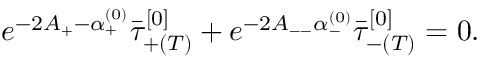
e ^ { - 2 A _ { + } - \alpha _ { + } ^ { ( 0 ) } } \bar { \tau } _ { + ( T ) } ^ { [ 0 ] } + e ^ { - 2 A _ { -- } \alpha _ { - } ^ { ( 0 ) } } \bar { \tau } _ { - ( T ) } ^ { [ 0 ] } = 0 .